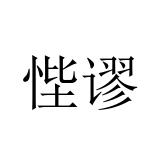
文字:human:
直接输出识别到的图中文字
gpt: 悂谬